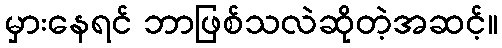
မှားနေရင် ဘာဖြစ်သလဲဆိုတဲ့အဆင့်။